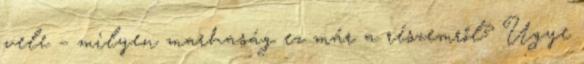
vele – milyen marhaság ez már a részemről? Ugye